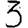
Digit: 3